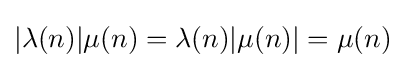
|\lambda (n)|\mu (n)=\lambda (n)|\mu (n)|=\mu (n)